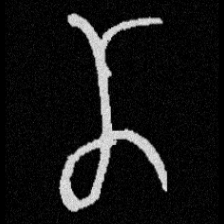
Pyu character \u2014 Myanmar letter: ဏ (romanized: nna)